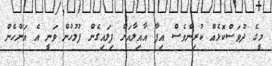
މީގެ ދުވަސްކޮޅެއް ކުރިންވެސް އިފާ އާއިލާއަށް ފިލައިގެން ފުލުހުން ވަނީ އެ އަންހެން